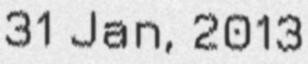
31 Jan, 2013